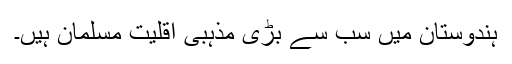
ہندوستان میں سب سے بڑی مذہبی اقلیت مسلمان ہیں۔